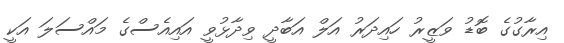
އިރާގުގެ ބޮޑު ވަޒީރު ހައިދަރު އަލް އަބާދީ ވިދާޅުވީ އައިއެސްގެ މައްސަލަ އަކީ